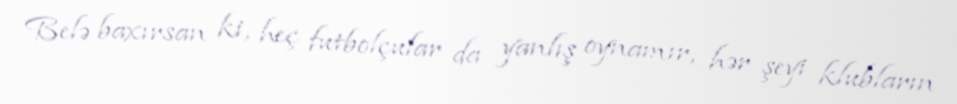
Belə baxırsan ki, heç futbolçular da yanlış oynamır, hər şeyi klubların